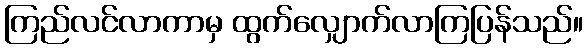
ကြည်လင်လာကာမှ ထွက်လျှောက်လာကြပြန်သည်။